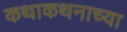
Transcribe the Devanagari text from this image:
कथाकथनाच्या